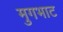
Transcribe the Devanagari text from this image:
मुगभाट